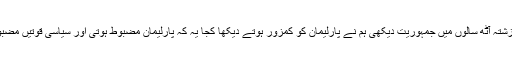
"ہم نے گزشتہ آٹھ سالوں میں جمہوریت دیکھی ہم نے پارلیمان کو کمزور ہوتے دیکھا کجا یہ کہ پارلیمان مضبوط ہوتی اور سیاسی قوتیں مضبوط ہوتیں۔